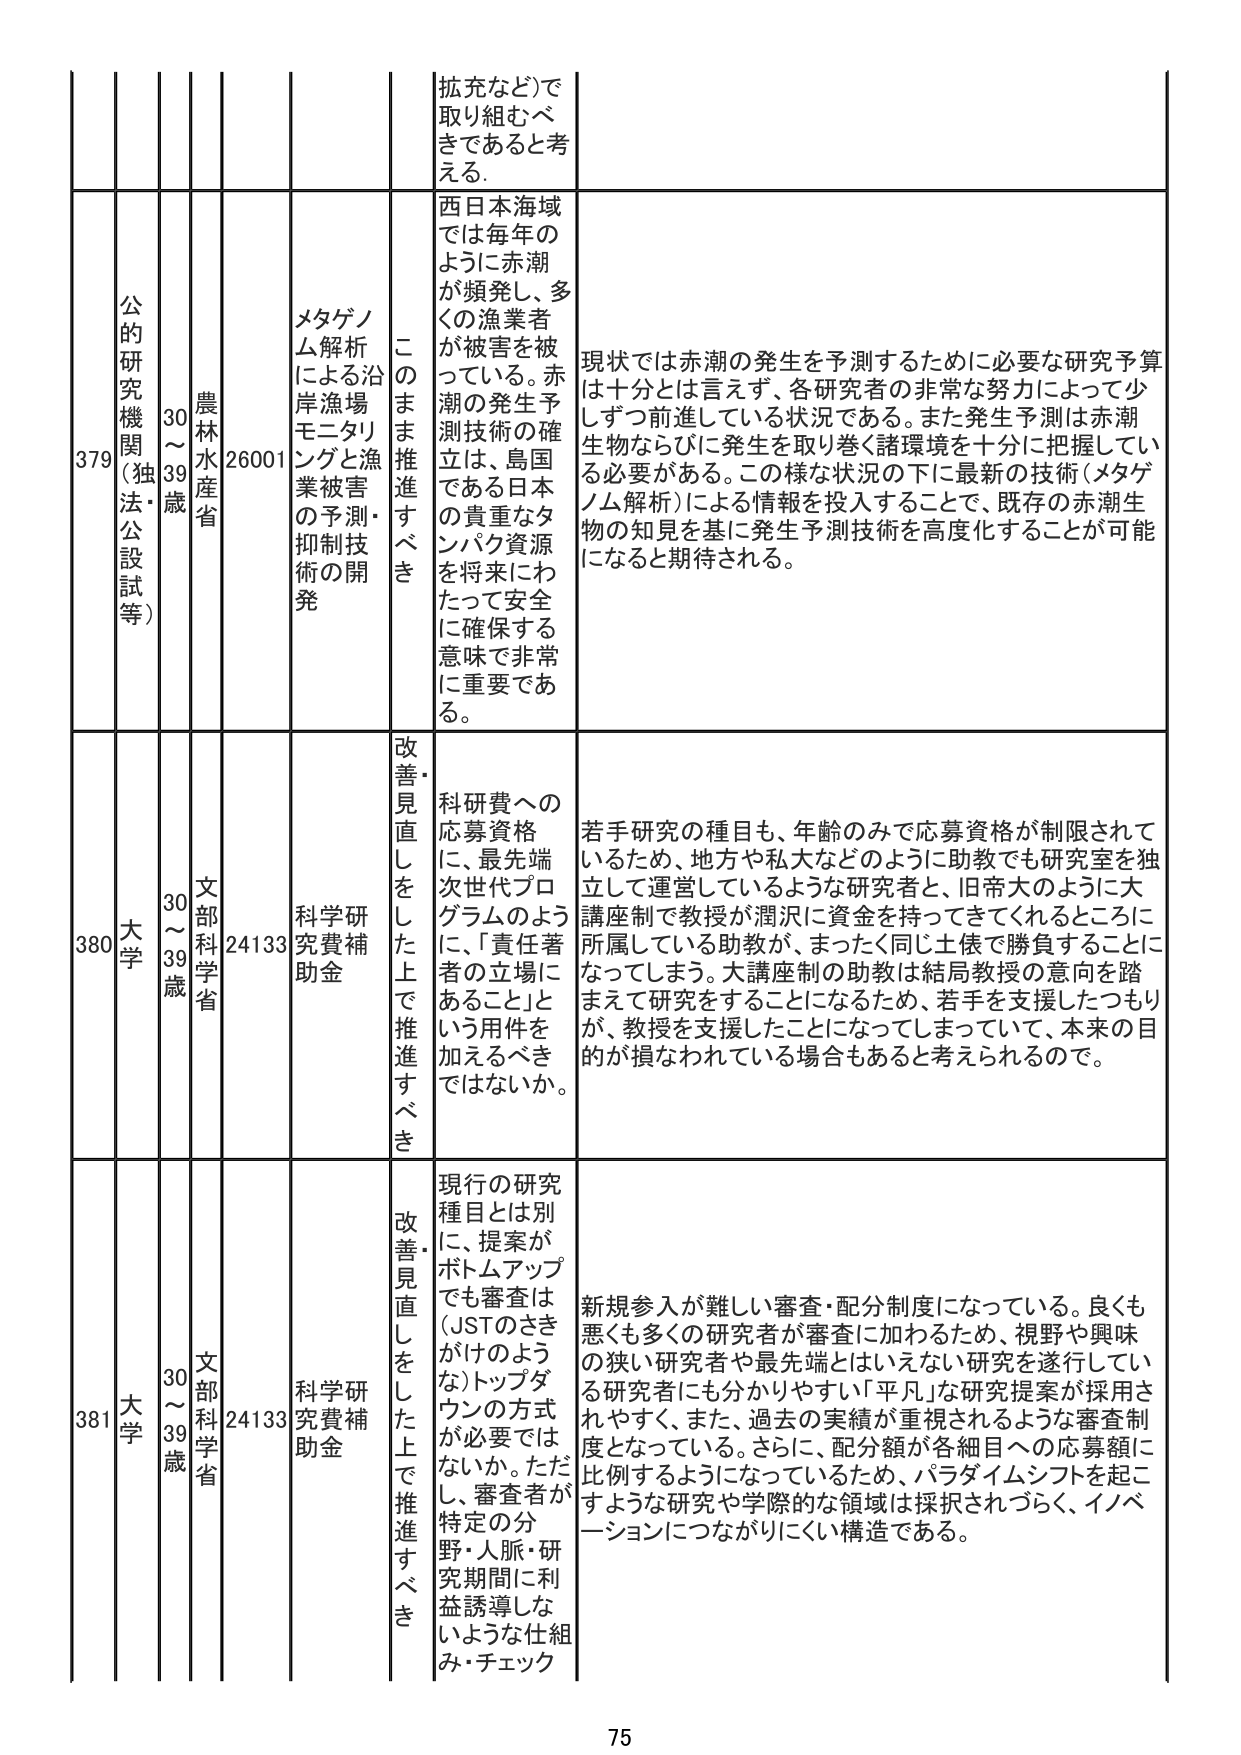
拡充など)で
取り組むべ
きであると考える。

379
公的
研究
機関
(独法・
公設
試等)
30～
39歳
農林
水産
省
26001
メタゲノ
ム解析
による沿
岸漁場
モニタリ
ングと漁
業被害
の予測・
抑制技
術の開
発
このまま推進すべき
西日本海域
では毎年の
ように赤潮
が頻発し、多
くの漁業者
が被害を被
っている。赤
潮の発生予
測技術の確
立は、島国
である日本
の貴重なタ
ンパク資源
を将来にわ
たって安全
に確保する
意味で非常
に重要であ
る。
現状では赤潮の発生を予測するために必要な研究予算
は十分とは言えず、各研究者の非常な努力によって少
しずつ前進している状況である。また発生予測は赤潮
生物ならびに発生を取り巻く諸環境を十分に把握してい
る必要がある。この様な状況の下に最新の技術(メタゲ
ノム解析)による情報を投入することで、既存の赤潮生
物の知見を基に発生予測技術を高度化することが可能
になると期待される。

380
大学
30～
39歳
文部
科学
省
24133
科学研究費補
助金
改善・見直しをした上で推進すべき
科研費への
応募資格
次、最先端
世代プログラ
ムのように、「責任著
者の立場に
あること」と
いう用件を
加えるべき
ではないか。
若手研究の種目も、年齢のみで応募資格が制限されて
いるため、地方や私大などのように助教でも研究室を独
立して運営しているような研究者と、旧帝大のように大
講座制で教授が潤沢に資金を持ってきてくれるところに
所属している助教が、まったく同じ土俵で勝負することに
なってしまう。大講座制の助教は結局教授の意向を踏
まえて研究をすることになるため、若手を支援したつもり
が、教授を支援したことになってしまっていて、本来の目
的が損なわれている場合もあると考えられるので。

381
大学
30～
39歳
文部
科学
省
24133
科学研究費補
助金
改善・見直しをした上で推進すべき
現行の研究
種目とは別
に、提案が
ボトムアップ
でも審査は
(JSTのさき
がけのよう
な)トップダ
ウンの方式
が必要では
ないか。ただし、審査者が
特定の分
野・人脈・研
究期間に利
益誘導しな
いような仕組
み・チェック
新規参入が難しい審査・配分制度になっている。良くも
悪くも多くの研究者が審査に加わるため、視野や興味
の狭い研究者や最先端とはいえない研究を遂行してい
る研究者にも分かりやすい「平凡」な研究提案が採用さ
れやすく、また、過去の実績が重視されるような審査制
度となっている。さらに、配分額が各細目への応募額に
比例するようになっているため、パラダイムシフトを起こ
すような研究や学際的な領域は採択されづらく、イノベ
ーションにつながりにくい構造である。

75